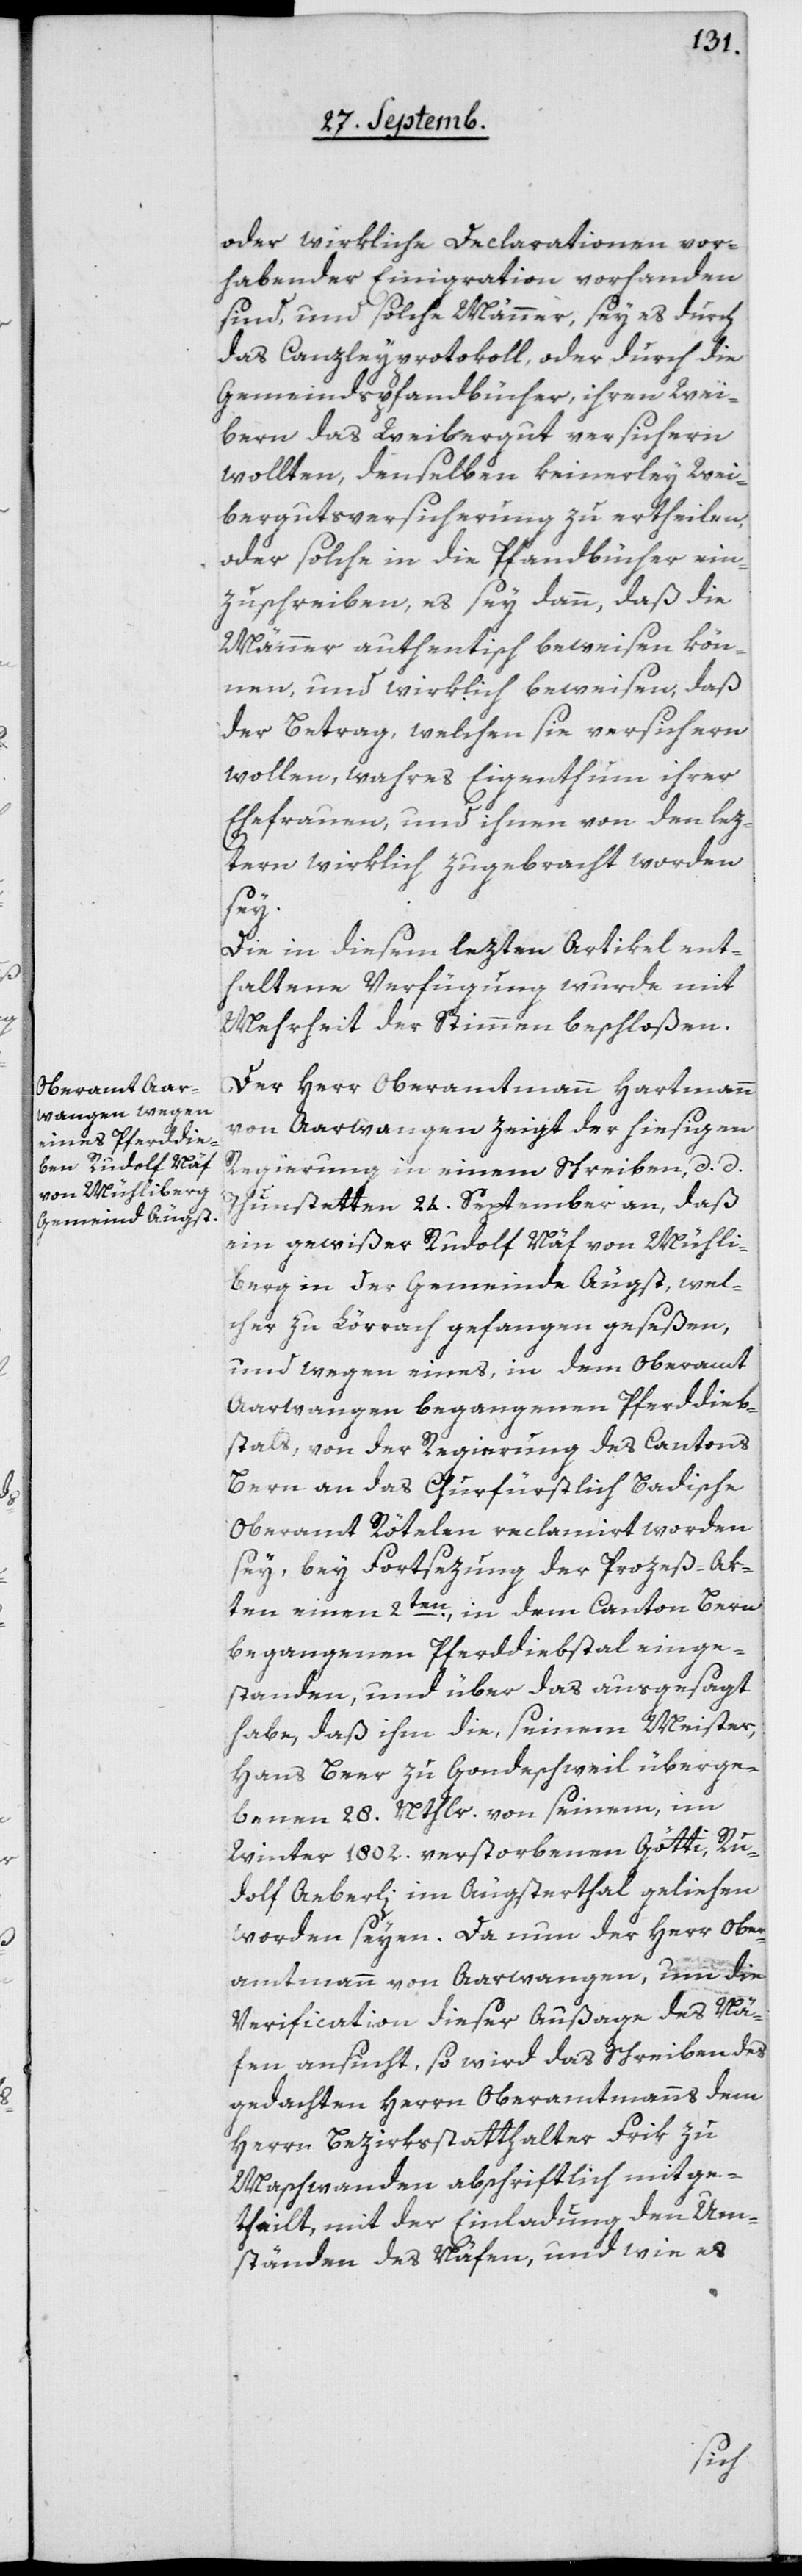
oder wirkliche Declarationen vor¬
habender Emigration vorhanden
sind, und solche Männer, sey es durch
das Canzleyprotokoll, oder durch die
Gemeindspfandbücher, ihren Wei¬
bern das Weibergut versichern
wollten, denselben keinerley Wei¬
bergutsversicherung zu ertheilen,
oder solche in die Pfandbücher ein¬
zuschreiben, es sey denn, daß die
Männer authentisch beweisen kön¬
nen, und wirklich beweisen, daß
der Betrag, welchen sie versichern
wollen, wahres Eigenthum ihrer
Ehefrauen und ihnen von den lez¬
tern wirklich zugebracht worden
sey.
Die in diesem lezten Artikel ent¬
haltene Verfügung wurde mit
Mehrheit der Stimmen beschloßen.
Der Herr Oberamtmann Hartmann
von Aarwangen zeigt der hiesigen
Regierung in einem Schreiben, d. d.
Thunstetten 24. September an, daß
ein gewißer Rudolf Näf von Mühli¬
berg in der Gemeinde Augst, wel¬
cher zu Lörrach gefangen geseßen,
und wegen eines, in dem Oberamt
Aarwangen begangenen Pferddieb¬
stals, von der Regierung des Cantons
Bern an das Churfürstlich Badische
Oberamt Rötelen reclamirt worden
sey, bey Fortsezung der Prozeß-Ak¬
ten einen 2ten, in dem Canton Bern
begangenen Pferddiebstal einge¬
standen, und über das ausgesagt
habe, daß ihm die, seinem Meister,
Hans Beer zu Gondeschweil überge¬
benen 28 Nthlr. von seinem, im
Winter 1802 verstorbenen Götti, Ru¬
dolf Aeberli im Augstertal geliehen
worden seyen. Da nun der Herr Ober¬
amtmann von Aarwangen, um die
Verification dieser Außage des Nä¬
fen ansucht, so wird das Schreiben des
gedachten Herrn Oberamtmanns dem
Herrn Bezirksstatthalter Frik zu
Maschwanden abschriftlich mitge¬
theilt, mit der Einladung, den Um¬
ständen des Näfen und wie es